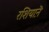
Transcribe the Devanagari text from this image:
रशियाऩॆ